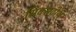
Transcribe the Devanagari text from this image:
सिक्सटींथ